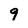
Character: 9